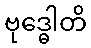
ဗုဒ္ဓေါတိ